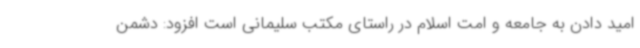
امید دادن به جامعه و امت اسلام در راستای مکتب سلیمانی است افزود: دشمن